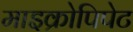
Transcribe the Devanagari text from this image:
माइक्रोपिपेट